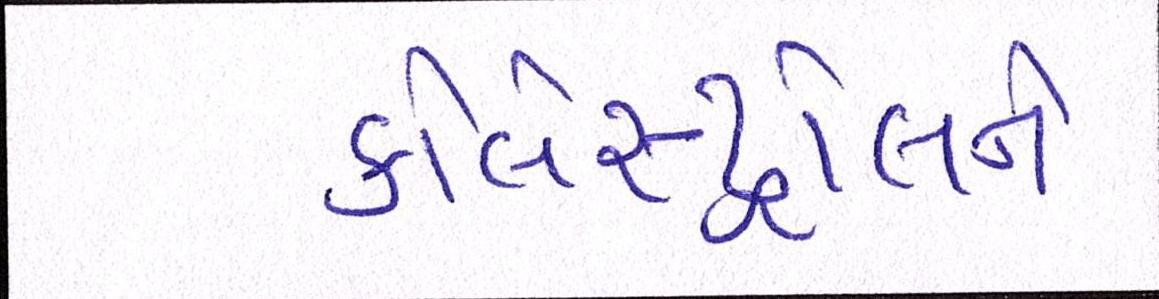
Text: કોલેસ્ટ્રોલને